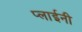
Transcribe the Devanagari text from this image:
प्लाईनी